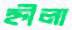
হ্নীলা